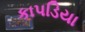
કાપડિયા